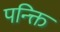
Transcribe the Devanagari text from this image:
पन्क्ति